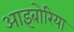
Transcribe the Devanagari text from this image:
आइबोरिया